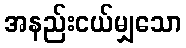
အနည်းငယ်မျှသော